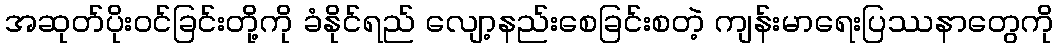
အဆုတ်ပိုးဝင်ခြင်းတို့ကို ခံနိုင်ရည် လျော့နည်းစေခြင်းစတဲ့ ကျန်းမာရေးပြဿနာတွေကို